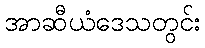
အာဆီယံဒေသတွင်း